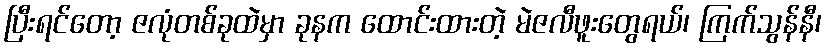
ပြီးရင်တော့ ဇလုံတစ်ခုထဲမှာ ခုနက ထောင်းထားတဲ့ မဲဇလီဖူးတွေရယ်၊ ကြက်သွန်နီ၊